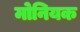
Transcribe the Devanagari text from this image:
मोनियक